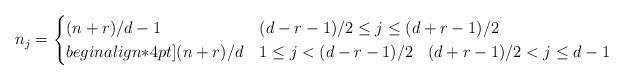
LaTeX: \begin{align*}n_j=\begin{cases} (n+r)/d-1 &(d-r-1)/2\leq j \leq (d+r-1)/2 \\begin{align*}4pt] (n+r)/d &1 \leq j < (d-r-1)/2 \:\: \:\: (d+r-1)/2 < j \leq d-1\end{cases}\end{align*}